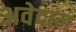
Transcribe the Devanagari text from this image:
अवेदान